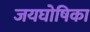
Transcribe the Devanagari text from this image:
जयघोषिका